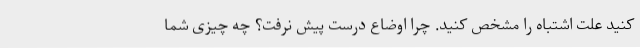
کنید علت اشتباه را مشخص کنید. چرا اوضاع درست پیش نرفت؟ چه چیزی شما